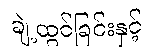
ချဲ့ထွင်ခြင်းနှင့်